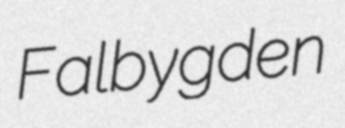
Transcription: Falbygden